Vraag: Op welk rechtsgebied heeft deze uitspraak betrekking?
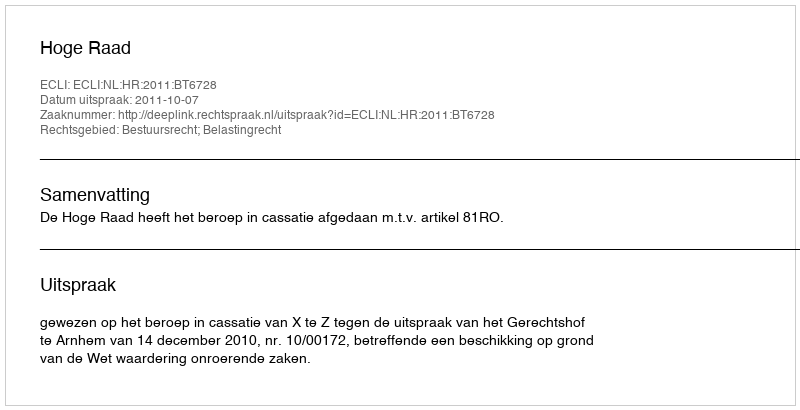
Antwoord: Bestuursrecht; Belastingrecht